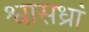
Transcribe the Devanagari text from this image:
श्वासध्रां